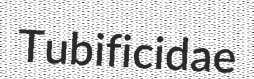
Tubificidae